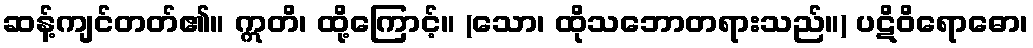
ဆန့်ကျင်တတ်၏။ ဣတိ၊ ထို့ကြောင့်။ (သော၊ ထိုသဘောတရားသည်။) ပဋိဝိရောဓော၊